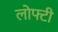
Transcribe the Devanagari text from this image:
लोफ्टी